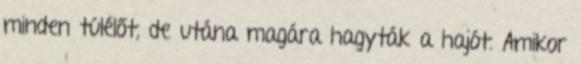
minden túlélőt, de utána magára hagyták a hajót. Amikor